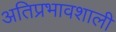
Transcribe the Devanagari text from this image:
अतिप्रभावशाली